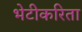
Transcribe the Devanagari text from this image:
भेटीकरिता